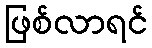
ဖြစ်လာရင်